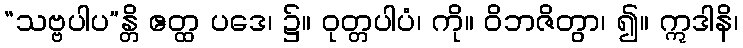
“သဗ္ဗပါပ”န္တိ ဧတ္ထ ပဒေ၊ ၌။ ဝုတ္တပါပံ၊ ကို။ ဝိဘဇိတွာ၊ ၍။ ဣဒါနိ၊